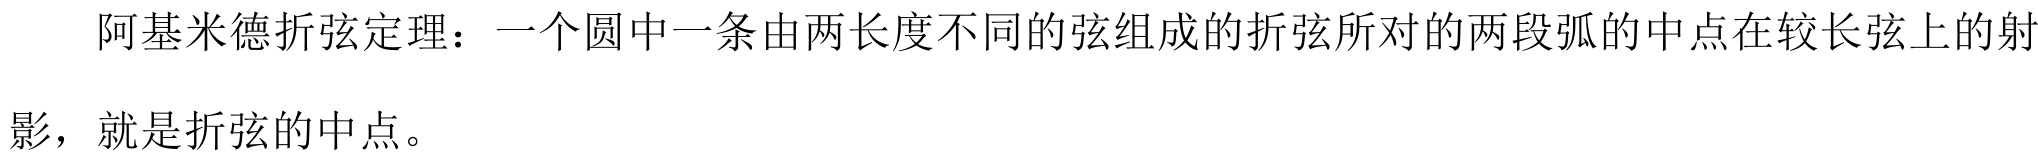
阿基米德折弦定理：一个圆中一条由两长度不同的弦组成的折弦所对的两段弧的中点在较长弦上的射影，就是折弦的中点。